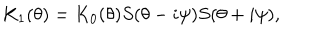
LaTeX: K _ { 1 } ( \theta ) = K _ { 0 } ( \theta ) S ( \theta - i \psi ) S ( \theta + i \psi ) ,